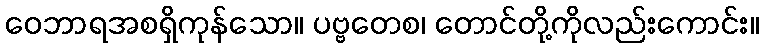
ဝေဘာရအစရှိကုန်သော။ ပဗ္ဗတေစ၊ တောင်တို့ကိုလည်းကောင်း။